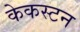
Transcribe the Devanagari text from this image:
केकस्टन